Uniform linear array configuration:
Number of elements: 24
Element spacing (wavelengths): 1
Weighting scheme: cosine
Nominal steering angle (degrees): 60
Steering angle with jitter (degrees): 58.12
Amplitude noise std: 0.05
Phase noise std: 0.05

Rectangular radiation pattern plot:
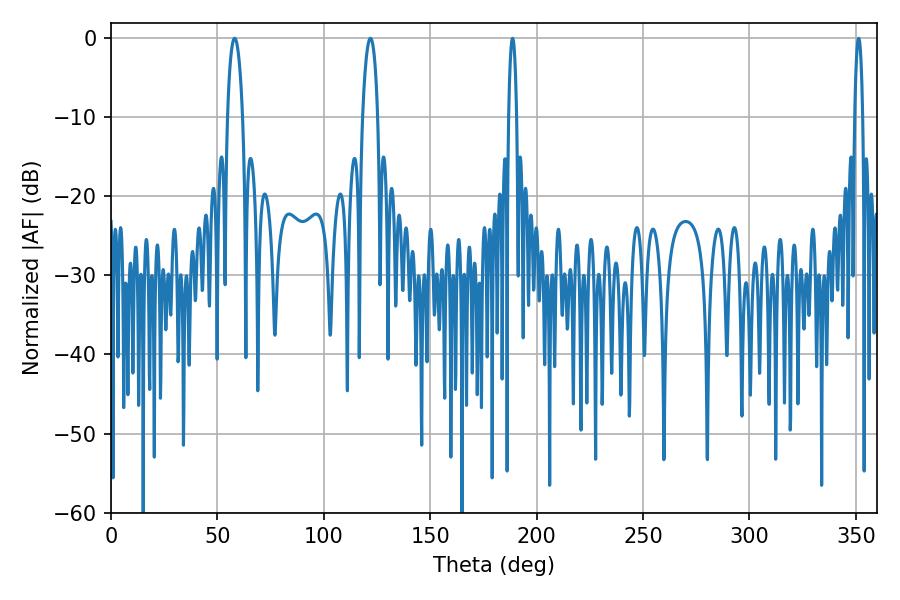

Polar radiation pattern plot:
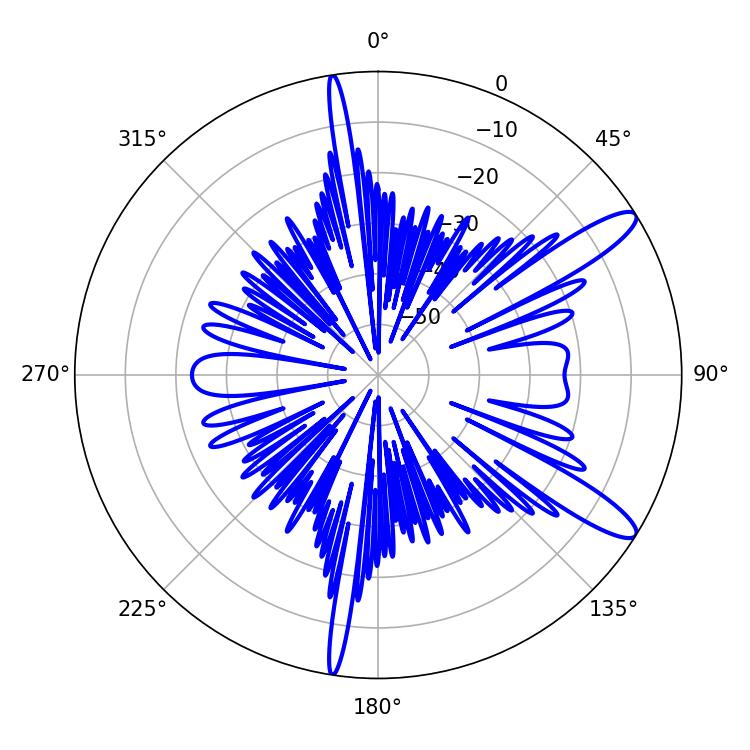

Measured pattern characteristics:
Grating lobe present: TRUE
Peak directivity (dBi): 12.188
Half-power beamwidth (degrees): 3.96
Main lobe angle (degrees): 58.14